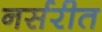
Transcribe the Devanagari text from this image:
नर्सरीत